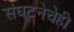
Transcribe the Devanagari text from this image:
संघटनेचेही